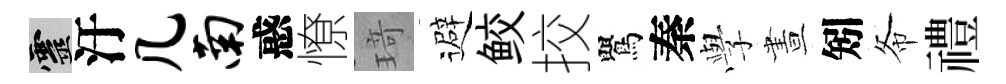
靈汙几南惑憭𤦺避鲛挍鸎秦𫝯晝矧𢁙禮